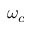
\omega _ { c }